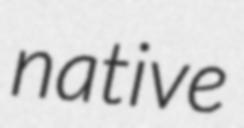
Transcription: native